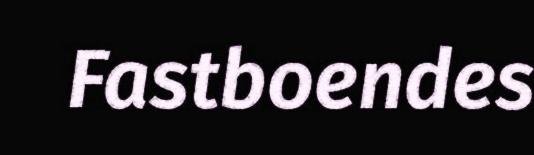
Fastboendes